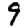
Digit: 9